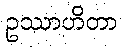
ဥဿာဟိတာ